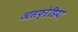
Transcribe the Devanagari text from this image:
आसफ्ऱेडिया